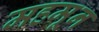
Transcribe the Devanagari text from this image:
महमून